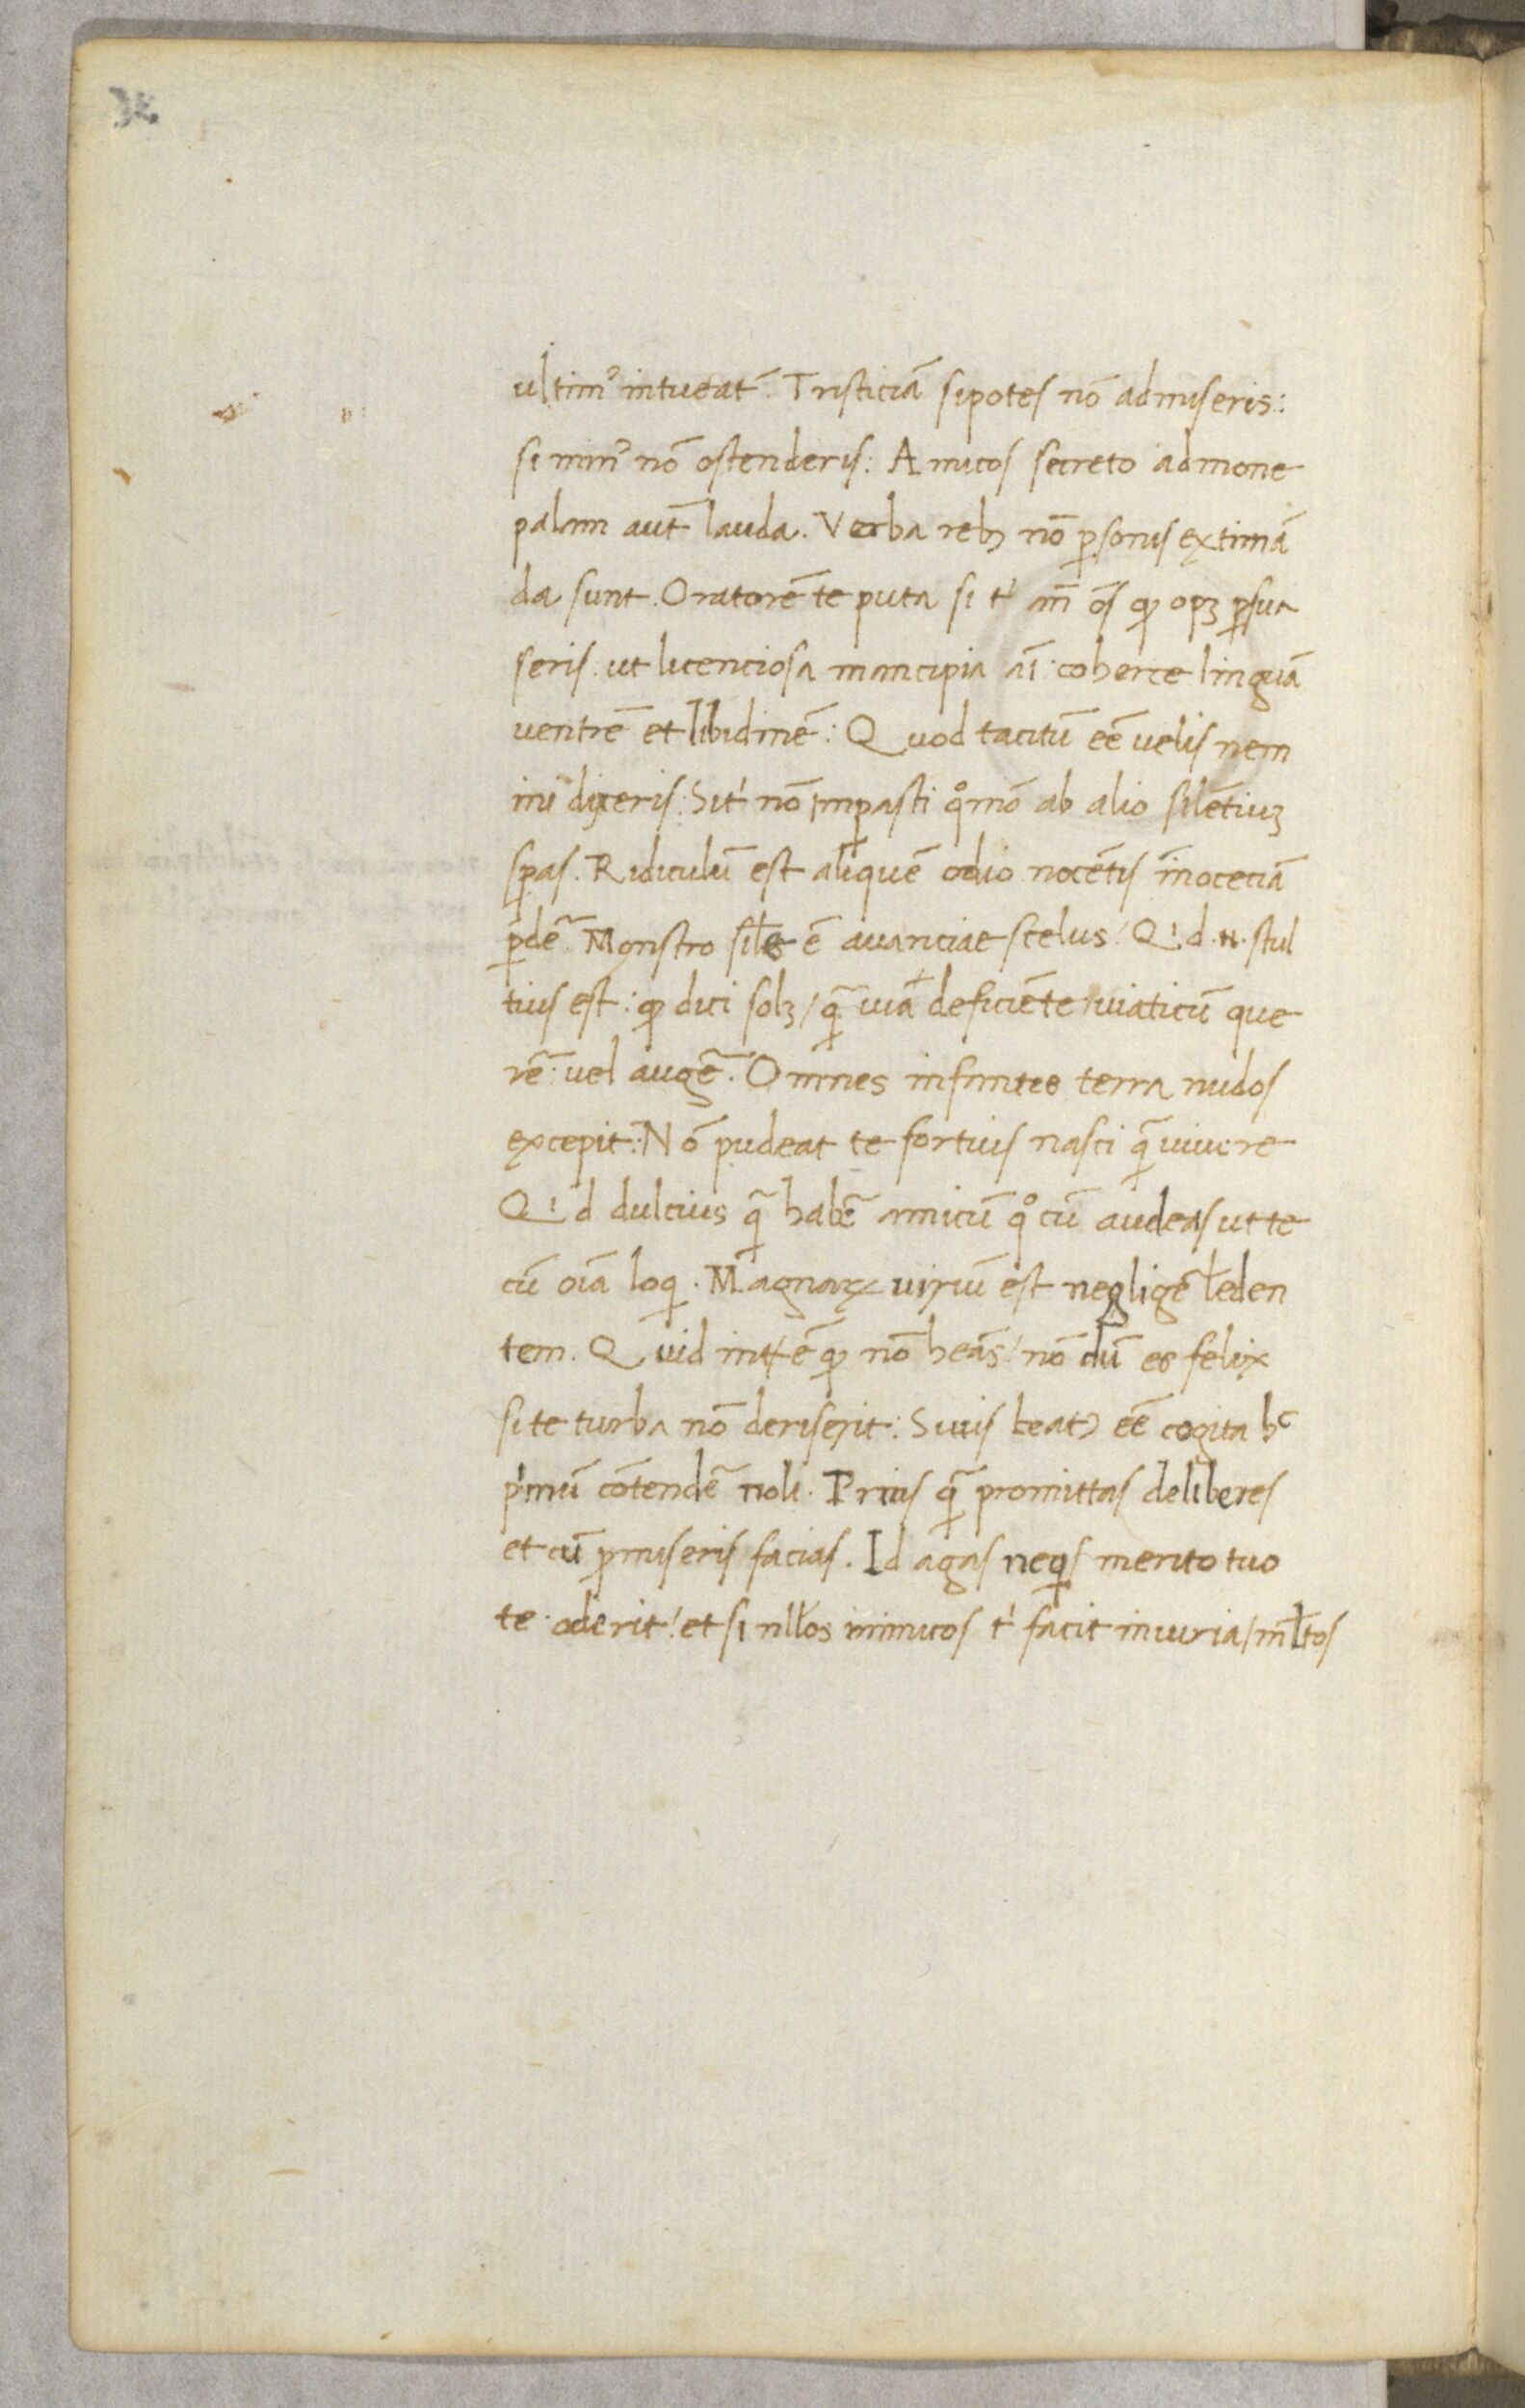
Shelfmark: Paris, BnF, NAL 632
Century: 15